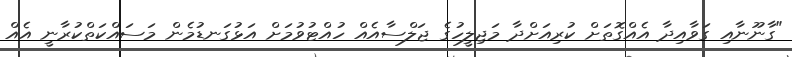
"ގާނޫނާއި ގަވާއިދާ އެއްގޮތަށް ކުރިއަށްދާ މަޖިލީހުގެ ޖަލްސާއެއް ހުއްޓުވުމަށް އަޅުގަނޑުމެން މަސައްކަތްކުރާނީ އެއް